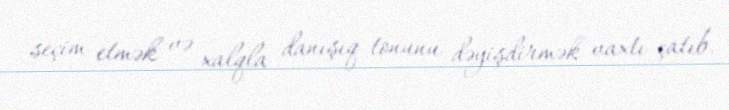
seçim etmək və xalqla danışıq tonunu dəyişdirmək vaxtı çatıb.